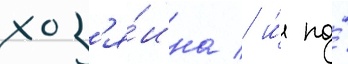
хоз'я́ина / и́ по́